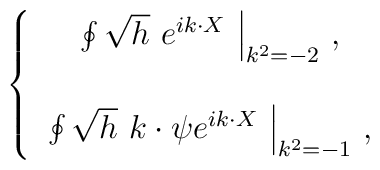
\left\{\begin{array}{c}\left.\oint \sqrt{h}\ e^{ik\cdot X}\  \right|_{k^2=-2}\, , \\\\\left. \oint \sqrt{h}\ k\cdot\psi e^{i k\cdot X}\ \right|_{k^2 =-1}\, ,\\\end{array}\right.